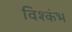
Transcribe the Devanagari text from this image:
विश्कंभ